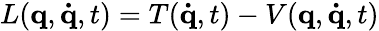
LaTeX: L(\mathbf{q},\mathbf{\dot{q}},t)=T(\mathbf{\dot{q}},t)-V(\mathbf{q},\mathbf{\dot{q}},t)